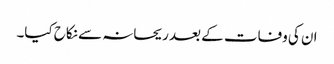
ان کی وفات کے بعد ریحانہ سے نکاح کیا۔